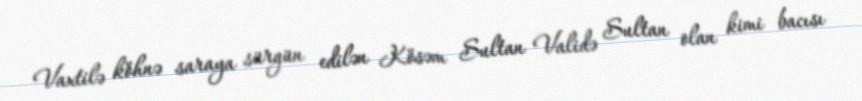
Vaxtilə köhnə saraya sürgün edilən Kösəm Sultan Validə Sultan olan kimi bacısı